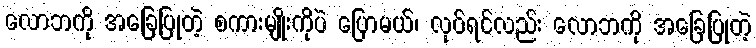
လောဘကို အခြေပြုတဲ့ စကားမျိုးကိုပဲ ပြောမယ်၊ လုပ်ရင်လည်း လောဘကို အခြေပြုတဲ့